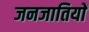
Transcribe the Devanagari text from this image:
जनजातियाें